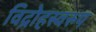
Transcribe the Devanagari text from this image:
विद्रोहस्वरुप